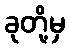
ခုတို့မှ